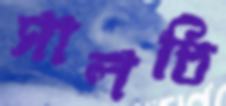
সালতি